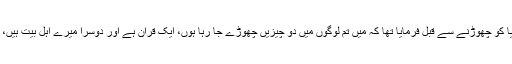
‘‘ مولانا غلام رسول حامی نے کہا کہ پیغمبر اسلام (ص) نے اس دنیا کو چھوڑنے سے قبل فرمایا تھا کہ میں تم لوگوں میں دو چیزیں چھوڑے جا رہا ہوں، ایک قرآن ہے اور دوسرا میرے اہل بیتؑ ہیں، ان دونوں کو مضبوطی سے تھامے رکھنا، کبھی گمراہ نہیں ہو گے۔